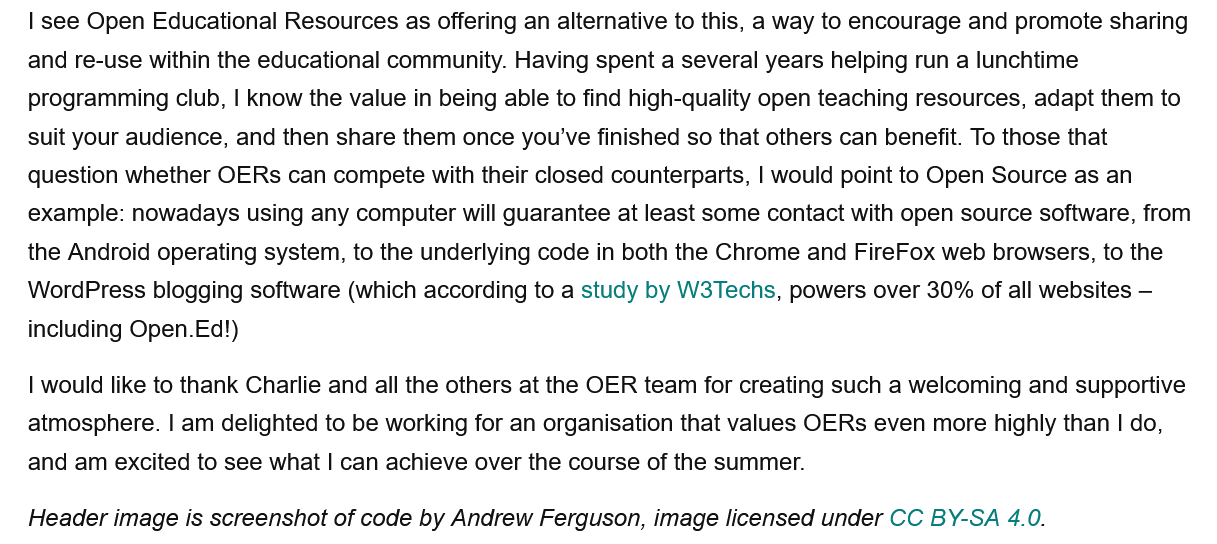
| see Open Educational Resources as offering an alternative to this, a way to encourage and promote sharing
   and re-use within the educational community. Having spent a several years helping run a lunchtime
   programming club, | know the value in being able to find high-quality open teaching resources, adapt them to
   suit your audience, and then share them once you've finished so that others can benefit. To those that
   question whether OERs can compete with their closed counterparts, | would point to Open Source as an
   example: nowadays using any computer will guarantee at least some contact with open source software, from
   the Android operating system, to the underlying code in both the Chrome and FireFox web browsers, to the
   WordPress blogging software (which according to a study by W3Techs, powers over 30% of all websites
     —
   including Open.Ed!)
   | would like to thank Charlie and all the others at the OER team for creating such a welcoming and supportive
   atmosphere. | am delighted to be working for an organisation that values OERs even more highly than | do,
   and am excited to see what | can achieve over the course of the summer.
   Header image is screenshot of code by Andrew Ferguson, image licensed under CC BY-SA 4.0.